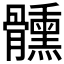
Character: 𩪱